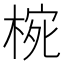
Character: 𭪮